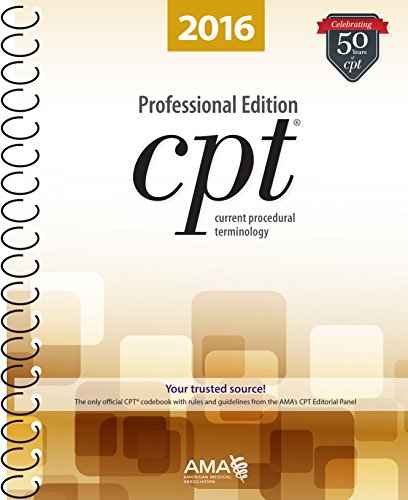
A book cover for CPT 2016 Professional Edition (Current Procedural Terminology, Professional Ed. (Spiral)) (Current Procedural Terminology (CPT) Professional); American Medical Association; Medical Books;